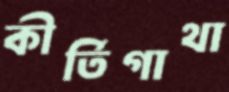
কীর্তিগাথা